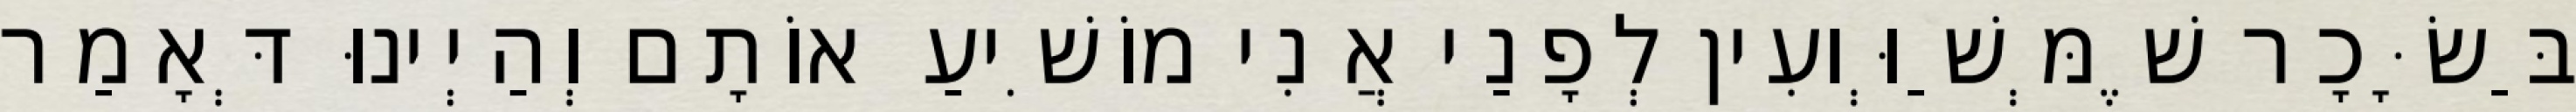
בַּשָּׂכָר שֶׁמְּשַׁוְּועִין לְפָנַי אֲנִי מוֹשִׁיעַ אוֹתָם וְהַיְינוּ דְּאָמַר